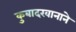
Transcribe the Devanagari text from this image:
कुबादखानाने